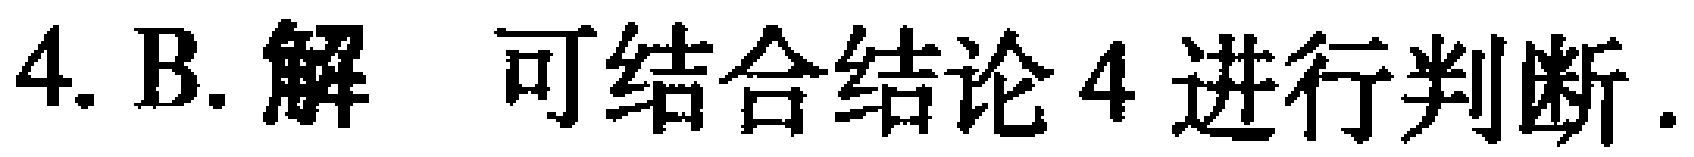
4. B. 解 可结合结论4进行判断.